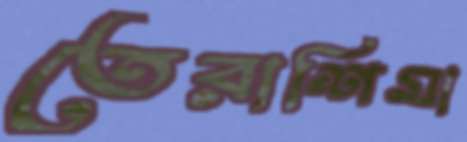
তেরাশিমা